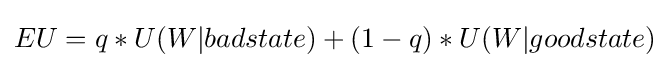
EU=q*U(W|badstate)+(1-q)*U(W|goodstate)